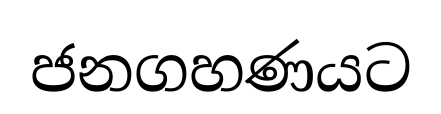
ජනගහණයට